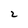
Character: 2